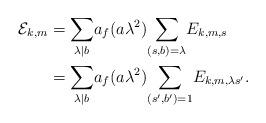
LaTeX: \begin{align*} \mathcal{E}_{k,m} &= \underset{ \lambda \mid b }\sum a_f(a \lambda^2) \underset{ (s,b)=\lambda }\sum E_{k,m,s}\\& = \underset{ \lambda \mid b }\sum a_f(a \lambda^2) \underset{ (s',b')=1 }\sum E_{k,m, \lambda s'}.\end{align*}